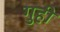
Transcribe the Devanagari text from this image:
गुही